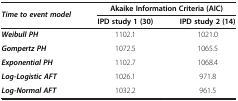
| <ROWSPAN=2> Time to event model | <COLSPAN=2> Akaike Information Criteria (AIC) |
 | IPD study 1 (30) | IPD study 2 (14) |
 | --- | --- | --- |
 | Weibull PH | 1102.1 | 1021.0 |
 | Gompertz PH | 1072.5 | 1065.5 |
 | Exponential PH | 1102.7 | 1068.4 |
 | Log-Logistic AFT | 1026.1 | 971.8 |
 | Log-Normal AFT | 1032.2 | 961.5 |